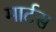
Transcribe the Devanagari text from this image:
मार्टस